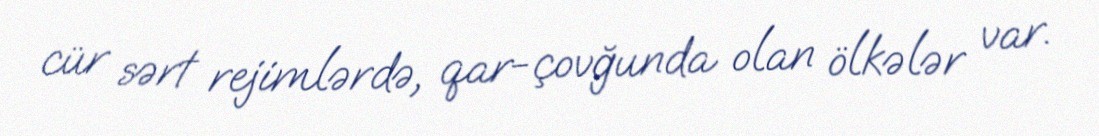
cür sərt rejimlərdə, qar-çovğunda olan ölkələr var.